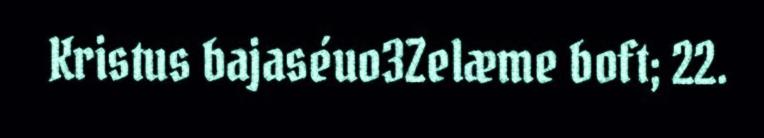
Kristus bajaséuo3Zelæme boft; 22.